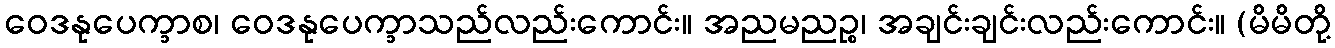
ဝေဒနုပေက္ခာစ၊ ဝေဒနုပေက္ခာသည်လည်းကောင်း။ အညမညဉ္စ၊ အချင်းချင်းလည်းကောင်း။ (မိမိတို့